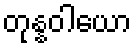
တုန္နဝါယော